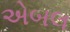
એબલ